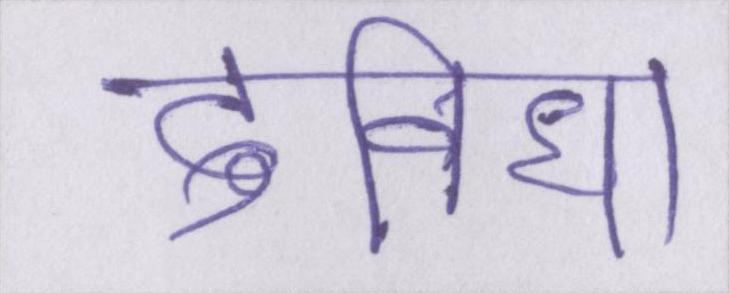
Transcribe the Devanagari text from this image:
दुविधा